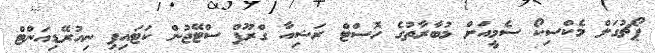
ޕޯޗުގަލް މެކްސިކޯ ސެމީއަށް މުބާރާތުގެ ހޮސްޓް ރަޝިއާ ގްރޫޕް ސްޓޭޖުން ކަޓައިފި ނިއުރޭޑިއަންޓް